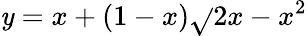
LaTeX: \mathit{y}=x+(1-x)\sqrt{}{{2x-x^{2}}}